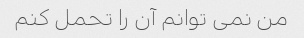
من نمی توانم آن را تحمل کنم